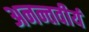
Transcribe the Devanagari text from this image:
अनन्तवीर्य